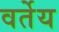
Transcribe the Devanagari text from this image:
वर्तेय